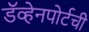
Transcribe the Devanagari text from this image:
डॅव्हेनपोर्टची